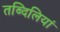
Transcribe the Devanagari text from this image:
तब्दिलियां